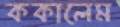
ককালেম